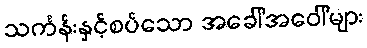
သင်္ကန်းနှင့်စပ်သော အခေါ်အဝေါ်များ